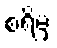
စရိမှ